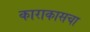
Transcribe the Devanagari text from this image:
काराकासचा